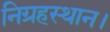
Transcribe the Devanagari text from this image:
निग्रहस्थान।